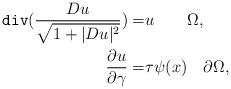
LaTeX: \begin{align*}\texttt{div}(\frac{Du}{\sqrt{1+|Du|^2}}) =&u \quad\quad\Omega, \\ \frac{\partial u}{\partial \gamma} =&\tau\psi(x) \quad\partial \Omega,\end{align*}